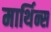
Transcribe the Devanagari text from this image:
मार्थिन्स